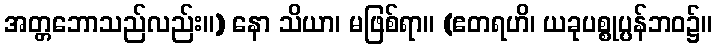
အတ္တဘောသည်လည်း။) နော သိယာ၊ မဖြစ်ရာ။ (ဧတရဟိ၊ ယခုပစ္စုပ္ပန်ဘဝ၌။